Vaike-Kopu_(Puiatu)_vallavalitsus, lk 26
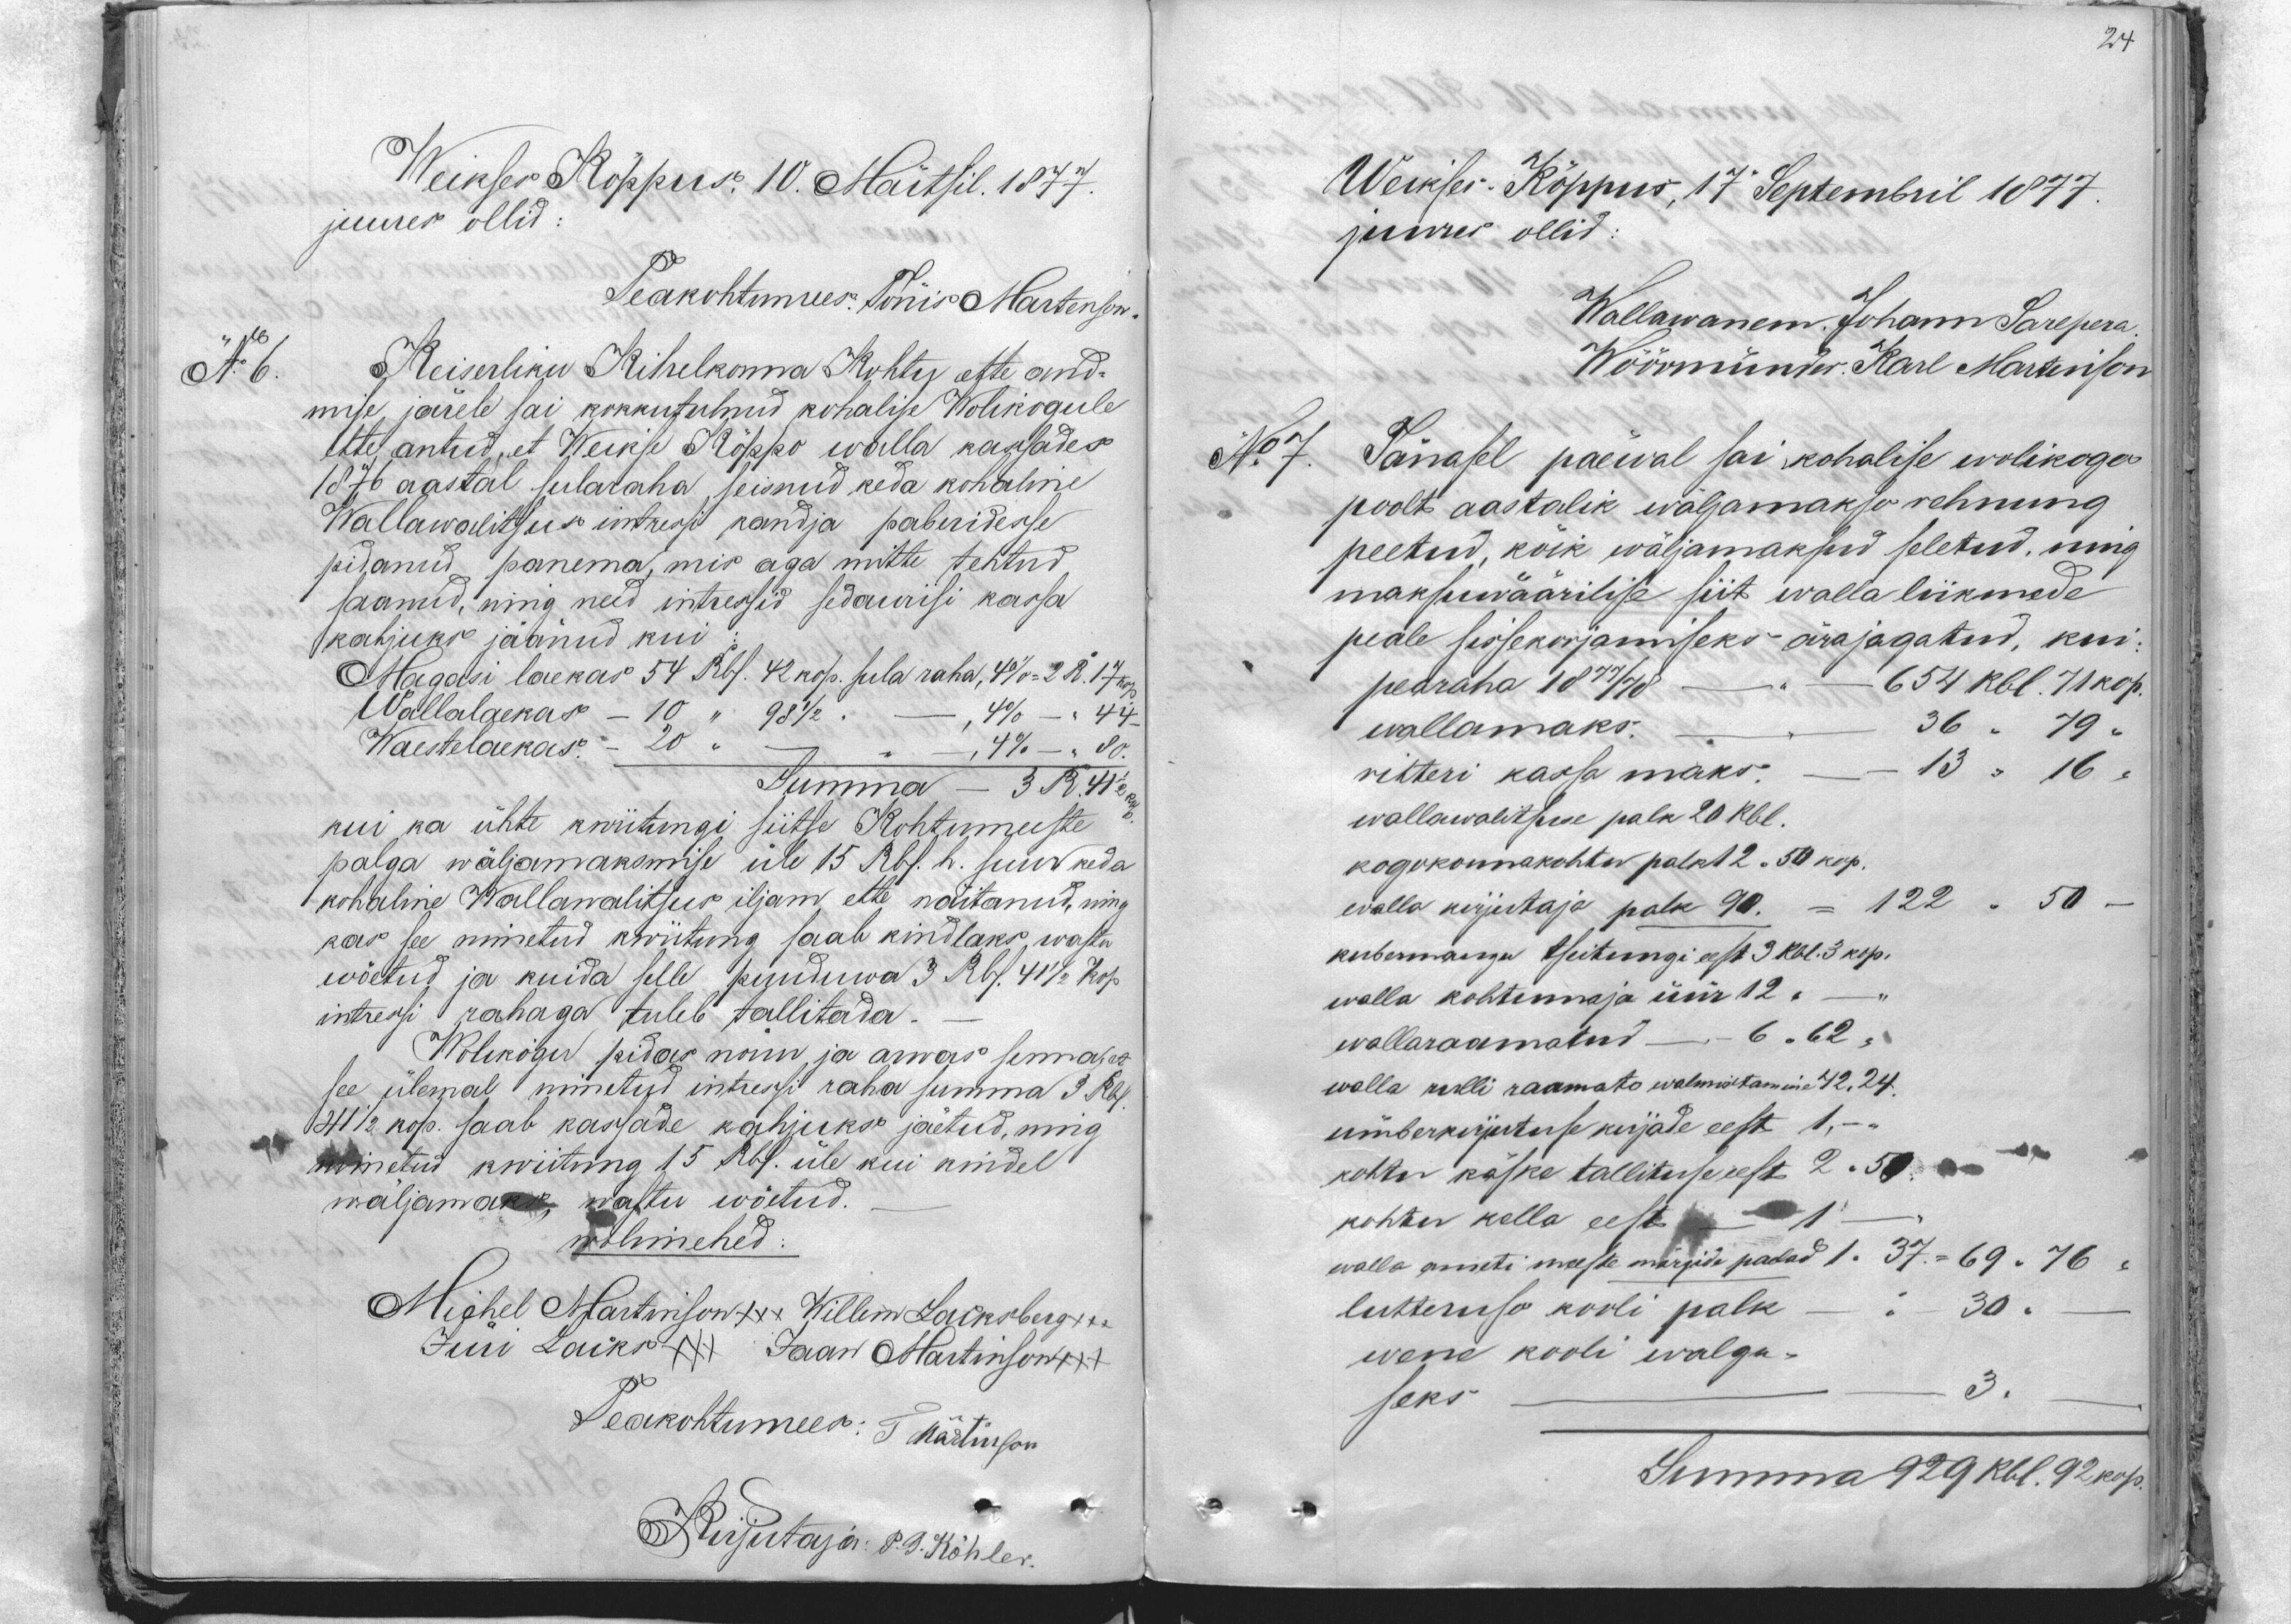
24

Weikses Köppus. 10. Märtsil. 1877.
juures ollid.
Peakohtumees: Tõnis Martenson.
No: 6
Keiserliku Kihelkonna Kohtu ette and-
mise järele sai kokkutulnud kohalise Wolikogule
ette antud, et Weikse Köppo walla kassades
1876 aastal sulataha seisnud keda kohaline
Wallawalitsus intressi kandja paberidesse
pidanud panema, mis aga mitte tehtud
saanud, ning need intressid sedawisi kassa
kahjuks jäänud kui
Magasi laekas 54 Rbl. 42 kop. sula raha, 4% = 2 R. 17 kop
Wallalaekas -    10       " 98 1/2. -                  4% -         44
Waestelaekas. - 20 " -                                      4% " -     50 "
Summa 3 R. 41 1/2
kui ka ühte kwiitungi siitse Kohtumeeste
palga wäljamaksmise üle 15 Rbl. h. suur keda
kohaline Wallawalitsus iljam ette näitanud, ning
kas see nimetud kwiitung saab kindlaks wastu
wõetud ja kuida selle puuduwa 3 Rbl. 41 1/2 kop
intressi rahaga tuleb tallitada.
Wolikogu pidas nöuu ja arwas senna et
see ülemal nimetud intressi raha summa 3 Rbl
41 1/2 kop. saab kassade kahjuks jäetud, ning
nimetud kwiitung 15 Rbl. üle kui kindel
wäljamaks wastu wõetud.
wolimehed:
Michel Martinson +++ Willem Lacksberg +++
Jüri Lacks xxx Jaan Martinson +++
Peakohtumees: T. Märtinson
Kirjutaja: P. G. Köhler.

Weikses-Köppus, 17 Septembril 1877.
juures ollid:
Wallawanem. Johann Sarepera.
Wöörmünder Karl Martinson
No 7. Tänasel päewal sai kohalise wolikogo
poolt aastalik wäljamakso rehnung
peetud, kõik wäljamaksud seletud, ning
maksuwäärilise siit walla liikmede
peale sissekorjamiseks ärajagatud, kui-
peäraha 1877/78 - - 654 Rbl. 71 kop.
wallamaks. 36 " 79 "
vehteri kassa maks. - 13 " 16 "
wallawalitsuse palk 20 Rbl.
kogokonnakohtu palk 12, 50 kop.
walla kirjutaja palk 90. = 122 "   50
kubermangu tseitungi eest 3 Rbl. 3 kop.
walla kohumaja üür 12 " -
wallaraamatud - 6 " 62 "
walla rulli raamato walmistamine 42,24.
ümberkirjutuse kirjade eest 1, - -
kohtu käske tallituse eest 2.50
kohtu kella eest - 1
walla ameti meeste märgide padad 1. 37. = 69. 76
lutheruse kooli palk - - 30.-
wene kooli walgu-
seks  3.
Summa 929 Rbl. 92 kop.